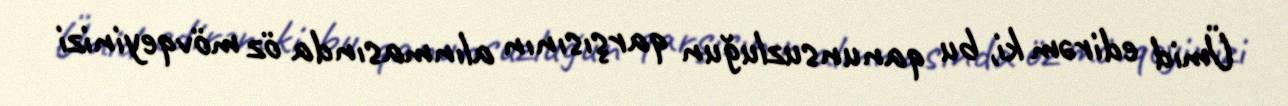
Ümid edirəm ki, bu qanunsuzluğun qarşısının alınmasında öz mövqeyinizi